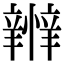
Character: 𢤴